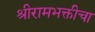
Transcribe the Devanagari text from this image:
श्रीरामभक्तीचा